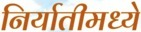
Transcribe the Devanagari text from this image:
निर्यातीमध्ये